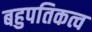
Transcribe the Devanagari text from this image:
बहुपतिकत्व